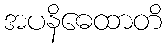
အပနိဓေထာတိ